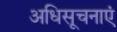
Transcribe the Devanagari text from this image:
अधिसूचनाएं